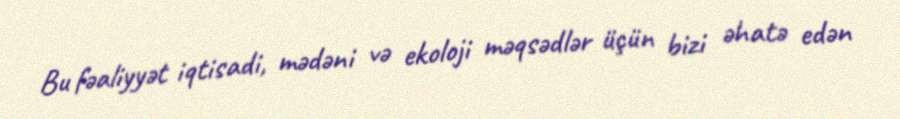
Bu fəaliyyət iqtisadi, mədəni və ekoloji məqsədlər üçün bizi əhatə edən